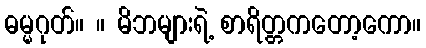
ဓမ္မဂုတ်။ ။ မိဘများရဲ့ စာရိတ္တကတော့ကော။